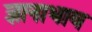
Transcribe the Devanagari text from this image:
ज्ञानाभाव